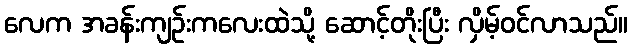
လေက အခန်းကျဉ်းကလေးထဲသို့ ဆောင့်တိုးပြီး လှိမ့်ဝင်လာသည်။